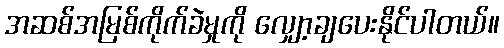
အဆစ်အမြစ်ကိုက်ခဲမှုကို လျှော့ချပေးနိုင်ပါတယ်။